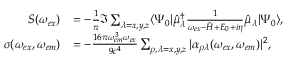
\begin{array} { r l } { S ( \omega _ { e x } ) } & { = - \frac { 1 } { \pi } \Im \sum _ { \lambda = x , y , z } \langle \Psi _ { 0 } | \hat { \mu } _ { \lambda } ^ { \dagger } \frac { 1 } { \omega _ { e x } - \hat { H } + E _ { 0 } + i \eta } \hat { \mu } _ { \lambda } | \Psi _ { 0 } \rangle , } \\ { \sigma ( \omega _ { e x } , \omega _ { e m } ) } & { = - \frac { 1 6 \pi \omega _ { e m } ^ { 3 } \omega _ { e x } } { 9 c ^ { 4 } } \sum _ { \rho , \lambda = x , y , z } | \alpha _ { \rho \lambda } ( \omega _ { e x } , \omega _ { e m } ) | ^ { 2 } , } \end{array}